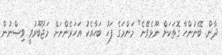
ދާން. ބޭނުންހާ ގޮތަކަށް ނޫޅެވޭނެ" މަންމަގެ ފަހު ބަހާއެކު އަހަރެންނަށް މަޖުބޫރުވީ ވިސްނުން